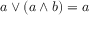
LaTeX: a \vee ( a \wedge b ) = a